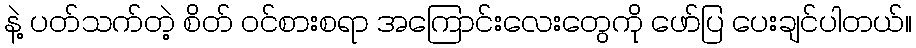
နဲ့ ပတ်သက်တဲ့ စိတ် ဝင်စားစရာ အကြောင်းလေးတွေကို ဖော်ပြ ပေးချင်ပါတယ်။